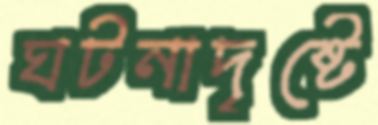
ঘটনাদৃষ্টে